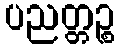
ပညတ္တဉ္စ